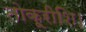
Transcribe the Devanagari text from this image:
तोकूरीशि।